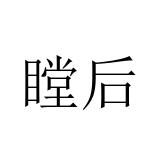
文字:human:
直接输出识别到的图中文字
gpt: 瞠后